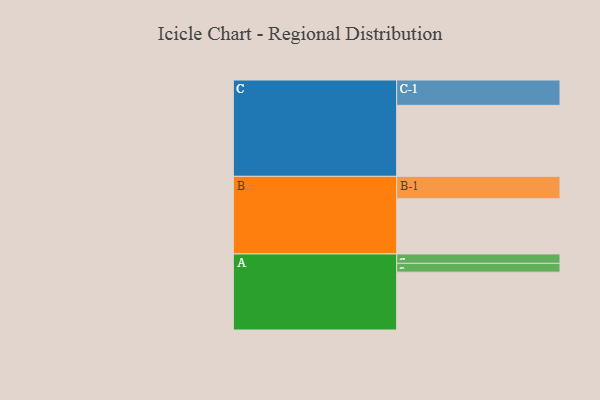
{"axis": {"x": "Segment", "y": "Value"}, "legend": ["", "A", "B", "C"], "data": [{"x": "A", "y": 413, "type": ""}, {"x": "B", "y": 394, "type": ""}, {"x": "C", "y": 507, "type": ""}, {"x": "A-1", "y": 63, "type": "A"}, {"x": "A-2", "y": 67, "type": "A"}, {"x": "B-1", "y": 160, "type": "B"}, {"x": "C-1", "y": 181, "type": "C"}]}